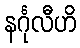
နင်္ဂုလီဟိ